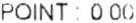
POINT : 0.00